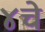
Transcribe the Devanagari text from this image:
४चे